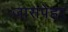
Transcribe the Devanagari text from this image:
जासपेहर